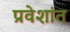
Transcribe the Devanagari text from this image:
प्रवेशांत